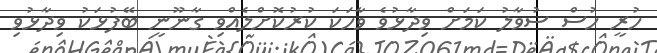
ހުރީ ހުސް ސުވާލު ކަމަށް ވިދާޅުވެ ވާހަކަ ކުރުކޮށްލެއްވި ގާނޫނީ ބޭފުޅަކު ވިދާޅުވި